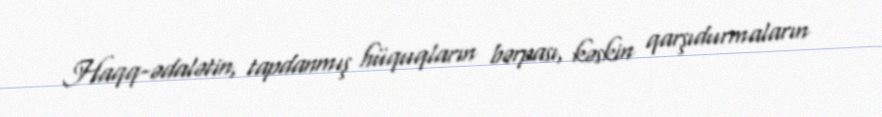
Haqq-ədalətin, tapdanmış hüquqların bərpası, kəskin qarşıdurmaların